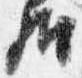
弁